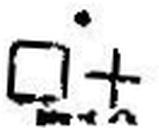
□ +